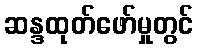
ဆန္ဒထုတ်ဖော်မှုတွင်